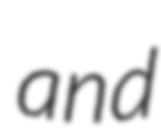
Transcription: and